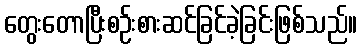
တွေးတောပြီးစဉ်းစားဆင်ခြင်ခဲ့ခြင်းဖြစ်သည်။